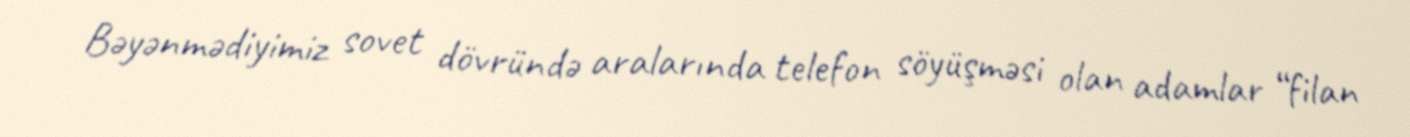
Bəyənmədiyimiz sovet dövründə aralarında telefon söyüşməsi olan adamlar “filan